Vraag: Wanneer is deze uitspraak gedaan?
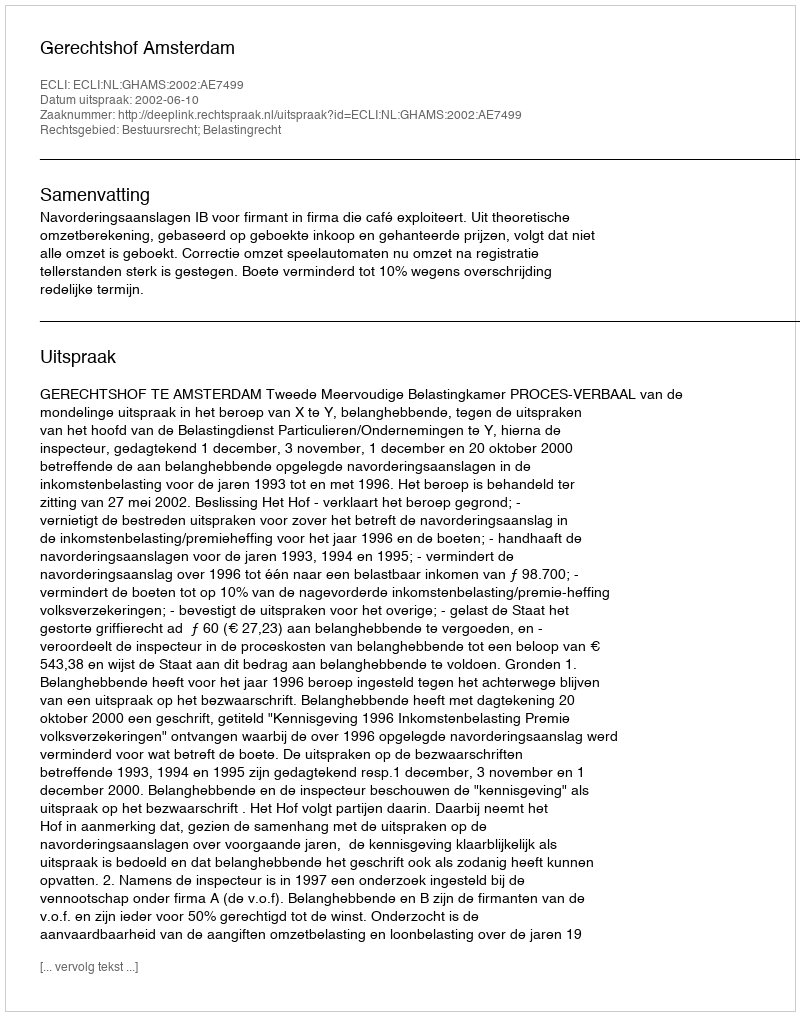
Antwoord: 2002-06-10